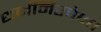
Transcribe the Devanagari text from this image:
धर्मनिरपेक्ष।